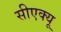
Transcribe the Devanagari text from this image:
सीएक्यू